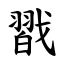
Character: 㦻